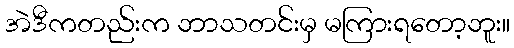
အဲဒီကတည်းက ဘာသတင်းမှ မကြားရတော့ဘူး။